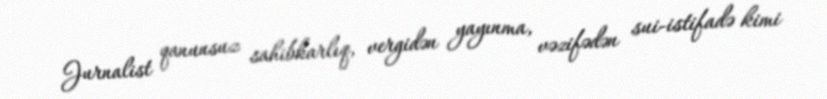
Jurnalist qanunsuz sahibkarlıq, vergidən yayınma, vəzifədən sui-istifadə kimi